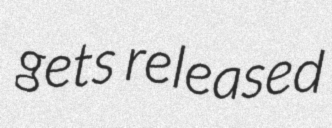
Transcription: gets released